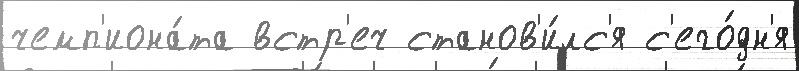
чемп'иона́та встр'еч станов'и́лс'я с'его́дн'я